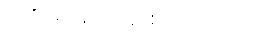
ဂတိ မိဂါနံ ပဝနံ-စသော ဂါထာ